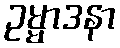
ဥမ္မာဒနာ